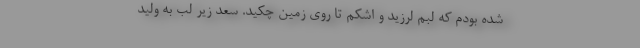
شده بودم که لبم لرزید و اشکم تا روی زمین چکید. سعد زیر لب به ولید